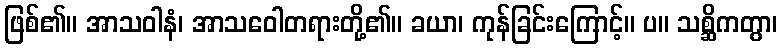
ဖြစ်၏။ အာသဝါနံ၊ အာသဝေါတရားတို့၏။ ခယာ၊ ကုန်ခြင်းကြောင့်။ ပ။ သစ္ဆိကတွာ၊